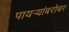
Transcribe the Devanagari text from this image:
पायऱ्यांबरोबर